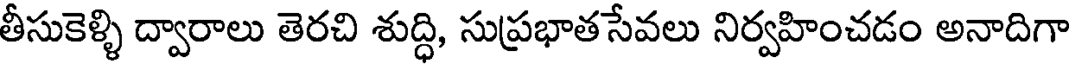
తీసుకెళ్ళి ద్వారాలు తెరచి శుద్ధి, సుప్రభాతసేవలు నిర్వహించడం అనాదిగా